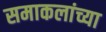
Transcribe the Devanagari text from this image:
समाकलांच्या